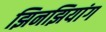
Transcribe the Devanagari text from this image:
झिनझियांग